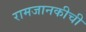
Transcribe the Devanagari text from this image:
रामजानकीची